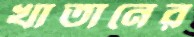
খাতানের